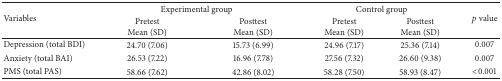
<table><thead><tr><td rowspan="2"><b>Variables</b></td><td colspan="2"><b> Experimental group</b></td><td colspan="2"><b> Control group</b></td><td rowspan="2"><b><i>p</i> value</b></td></tr><tr><td><b>PretestMean (SD)</b></td><td><b>PosttestMean (SD)</b></td><td><b>PretestMean (SD)</b></td><td><b>PosttestMean (SD)</b></td></tr></thead><tbody><tr><td>Depression (total BDI)</td><td>24.70 (7.06)</td><td>15.73 (6.99)</td><td>24.96 (7.17)</td><td>25.36 (7.14)</td><td>0.007</td></tr><tr><td>Anxiety (total BAI)</td><td>26.53 (7.22)</td><td>16.96 (7.78)</td><td>27.56 (7.32)</td><td>26.60 (9.38)</td><td>0.007</td></tr><tr><td>PMS (total PAS)</td><td>58.66 (7.62)</td><td>42.86 (8.02)</td><td>58.28 (7.50)</td><td>58.93 (8.47)</td><td>&lt;0.001</td></tr></tbody></table>